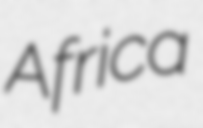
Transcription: Africa